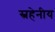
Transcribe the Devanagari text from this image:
स्नहेनीय